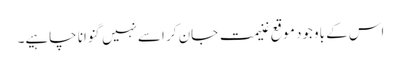
اس کے باوجود موقع غنیمت جان کر اسےنہیں گنوانا چاہیے۔